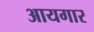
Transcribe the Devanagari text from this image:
आयगार